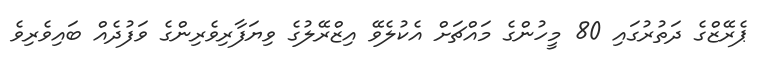
ޕެރޭޒްގެ ދަތުރުގައި 80 މީހުންގެ މައްޗަށް އެކުލެވޭ އިޒްރޭލުގެ ވިޔަފާރިވެރިންގެ ވަފުދެއް ބައިވެރިވެ